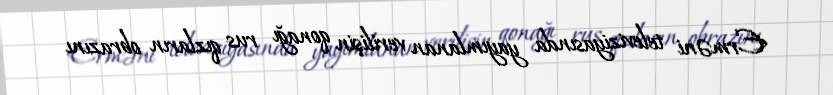
Erməni televiziyasında yayımlanan verilişin qonağı rus qızların obrazını